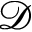
\mathcal { D }